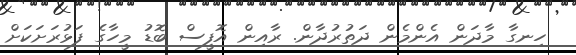
ހިނގާ މާދަން އެންމެން ދަތުރުދާން. ރާއިން އޮފީސް ބޮޑު މީހާގެ ފަޅުރަށަކަށް